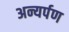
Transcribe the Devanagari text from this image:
अन्यर्पण